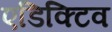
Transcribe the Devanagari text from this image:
एडिक्टिव